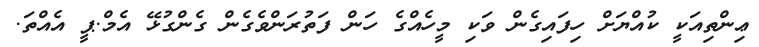
ޢިންތިއަކީ ކުއްޔަށް ހިފައިގެން ވަކި މީހެއްގެ ހަން ފަތުރަންވެގެން ގެންގުޅޭ އެމް.ޕީ އެއްތަ.